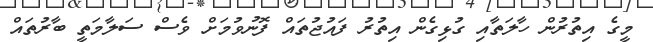
މީގެ އިތުރުން ހާލަތާއި ގުޅިގެން އިތުރު ފައުޖުތައް ފޮނުވުމަށް ވެސް ސަލާމަތީ ބާރުތައް